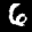
Label: 6